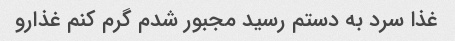
غذا سرد به دستم رسید مجبور شدم گرم کنم غذارو